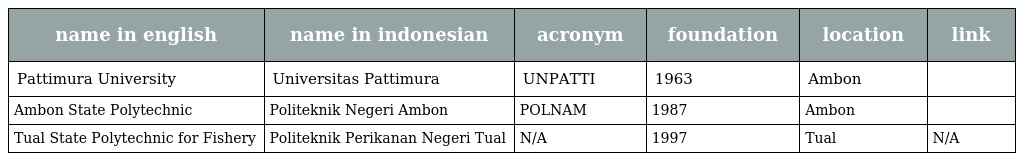
| name in english | name in indonesian | acronym | foundation | location | link |
 | --- | --- | --- | --- | --- | --- |
 | Pattimura University | Universitas Pattimura | UNPATTI | 1963 | Ambon |  |
 | Ambon State Polytechnic | Politeknik Negeri Ambon | POLNAM | 1987 | Ambon |  |
 | Tual State Polytechnic for Fishery | Politeknik Perikanan Negeri Tual | N/A | 1997 | Tual | N/A |